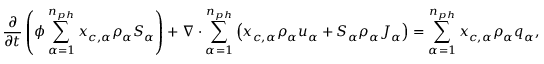
\frac { \partial } { \partial t } \left( \phi \sum _ { \alpha = 1 } ^ { n _ { p h } } { x _ { c , \alpha } \rho _ { \alpha } S _ { \alpha } } \right) + \nabla \cdot \sum _ { \alpha = 1 } ^ { n _ { p h } } \left( { x _ { c , \alpha } \rho _ { \alpha } u _ { \alpha } } + S _ { \alpha } \rho _ { \alpha } J _ { \alpha } \right) = \sum _ { \alpha = 1 } ^ { n _ { p h } } { x _ { c , \alpha } \rho _ { \alpha } q _ { \alpha } } ,